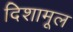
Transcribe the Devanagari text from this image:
दिशामूल